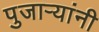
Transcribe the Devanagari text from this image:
पुजाऱ्यांनी